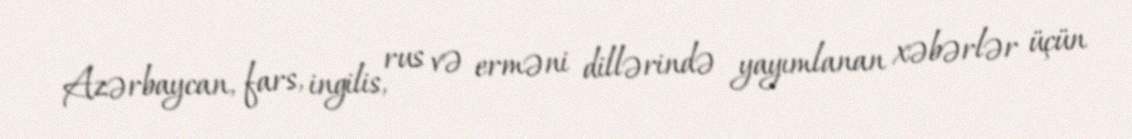
Azərbaycan, fars, ingilis, rus və erməni dillərində yayımlanan xəbərlər üçün